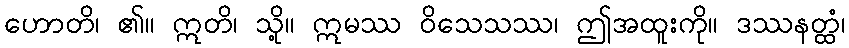
ဟောတိ၊ ၏။ ဣတိ၊ သို့။ ဣမဿ ဝိသေသဿ၊ ဤအထူးကို။ ဒဿနတ္ထံ၊